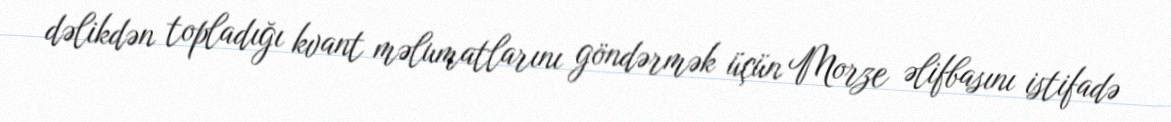
dəlikdən topladığı kvant məlumatlarını göndərmək üçün Morze əlifbasını istifadə